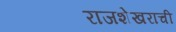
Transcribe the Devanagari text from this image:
राजशेखराची